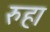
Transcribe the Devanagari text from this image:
रुहा